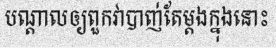
បណ្តាលឲ្យពួកវាបាញ់តែម្តងក្នុងនោះ